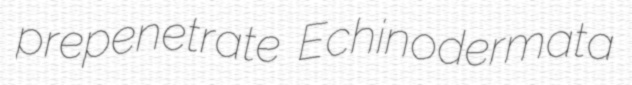
prepenetrate Echinodermata